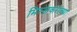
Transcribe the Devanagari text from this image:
मिरजकरांच्या